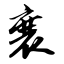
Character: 襄